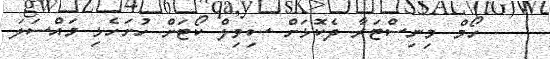
- ހޯމް މިނިސްޓަރާ ދެކޮޅަށް ސިވިލް ކޯޓަށް ހުށަހެޅި މައްސަލަ